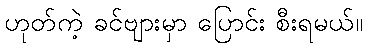
ဟုတ်ကဲ့ ခင်ဗျားမှာ ပြောင်း စီးရမယ်။